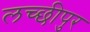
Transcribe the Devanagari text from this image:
लच्छीपुर